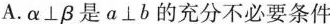
A.α⊥β是α⊥b的充分不必要条件